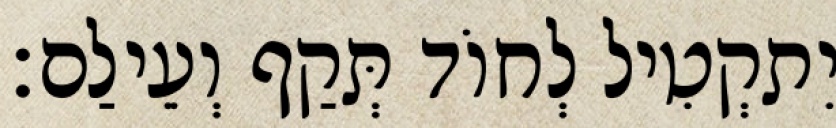
יִתקְטִיל לְחוֹד תְּקַף וְעֵילַם׃